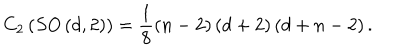
C _ { 2 } \left( S O \left( d , 2 \right) \right) = \frac 1 8 \left( n - 2 \right) \left( d + 2 \right) \left( d + n - 2 \right) .